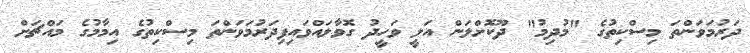
ދަރުމަވަންތަ މިސްކިތުގެ "މުދިމު" ދޫކޮށްލަން އަލީ ވަހީދު ގޮވާލައްވައިފިދަރުމަވަންތަ މިސްކިތުގެ އިމާމުގެ މައްޗަށް